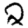
Digit: 2